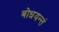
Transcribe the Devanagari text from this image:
बोधयन्तं